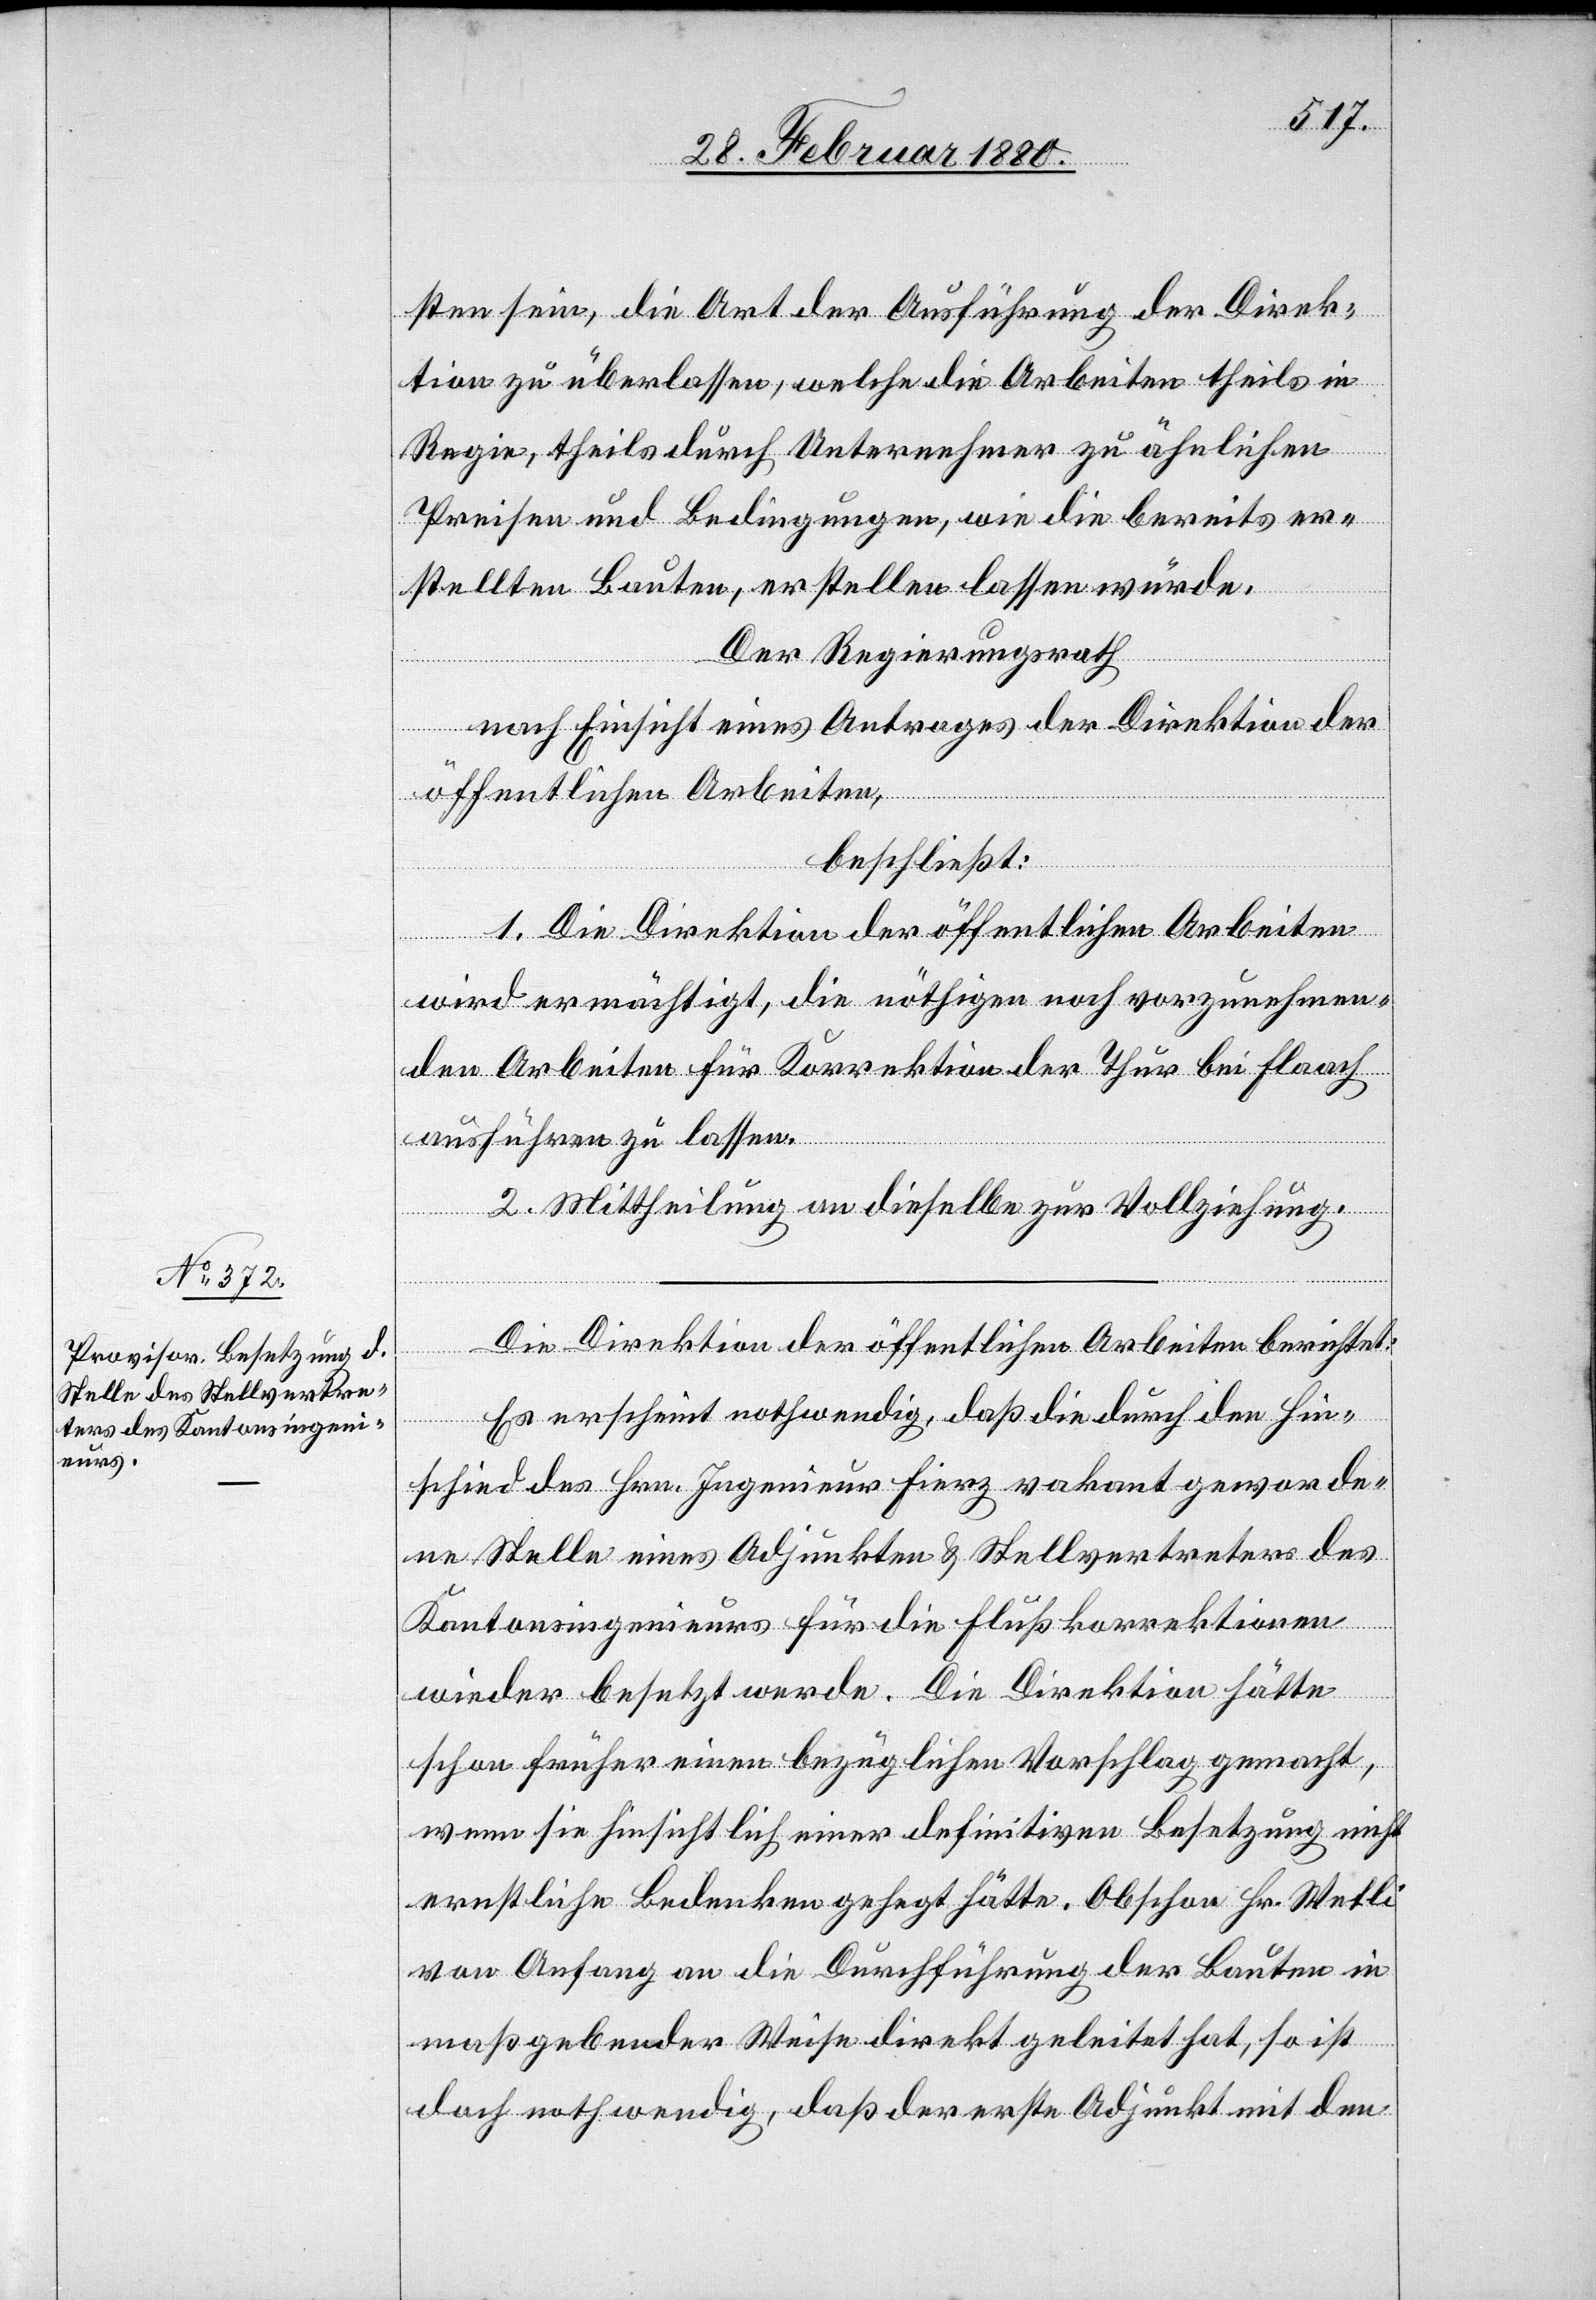
sten sein, die Art der Ausführung der Direk¬
tion zu überlassen, welche die Arbeiten theils in
Regie, theils durch Unternehmer zu ähnlichen
Preisen und Bedingungen, wie die bereits er¬
stellten Bauten, erstellen lassen würde.
Der Regierungsrath,
nach Einsicht eines Antrages der Direktion der
öffentlichen Arbeiten,
beschließt:
1. Die Direktion der öffentlichen Arbeiten
wird ermächtigt, die nöthigen noch vorzunehmen¬
den Arbeiten für Korrektion der Thur bei Flaach
ausführen zu lassen.
2. Mittheilung an dieselbe zur Vollziehung.
Die Direktion der öffentlichen Arbeiten berichtet:
Es erscheint nothwendig, daß die durch den Hin¬
schied des Hrn. Ingenieur Fierz vakant geworde¬
ne Stelle eines Adjunkten & Stellvertreters des
Kantonsingenieurs für die Flußkorrektionen
wieder besetzt werde. Die Direktion hätte
schon früher einen bezüglichen Vorschlag gemacht,
wenn sie hinsichtlich einer definitiven Besetzung nicht
ernstliche Bedenken gehegt hätte. Obschon Hr. Wetli
von Anfang an die Durchführung der Bauten in
maßgebender Weise direkt geleitet hat, so ist
doch nothwendig, daß der erste Adjunkt mit den